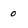
Character: 0